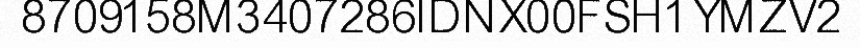
8709158M3407286IDNX00FSH1YMZV2